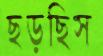
ছড়ছিস